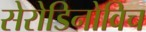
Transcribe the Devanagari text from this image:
सेरोडिनोविच